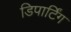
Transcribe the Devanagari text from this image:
डिपार्टिंग